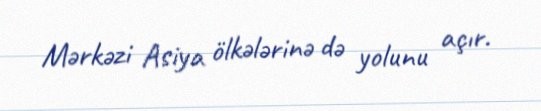
Mərkəzi Asiya ölkələrinə də yolunu açır.